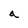
Character: a